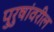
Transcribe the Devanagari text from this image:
पुरुषांवरील